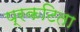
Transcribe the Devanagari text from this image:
प्रकटिता